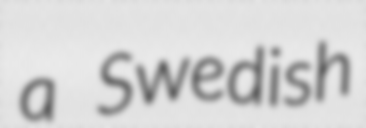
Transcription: a Swedish